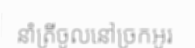
នាំត្រីចូលនៅច្រកអូរ